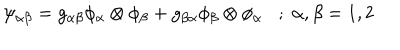
\psi _ { \alpha \beta } = g _ { \alpha \beta } \phi _ { \alpha } \otimes \phi _ { \beta } + g _ { \beta \alpha } \phi _ { \beta } \otimes \phi _ { \alpha } ; \; \alpha , \beta = 1 , 2